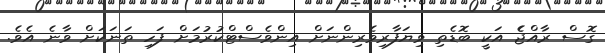
ގޮސް ރާއްޖެެ އަކީ ބޮޑެތި ވިޔަފާރިވެރިންނަށް އިންވެސްޓްކުރުމަށް ފަހި ތަނަކަށް ވާނެ އެވެ.